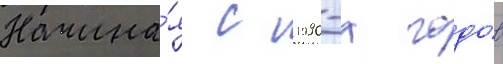
Начина́я с 1990-х годо́в